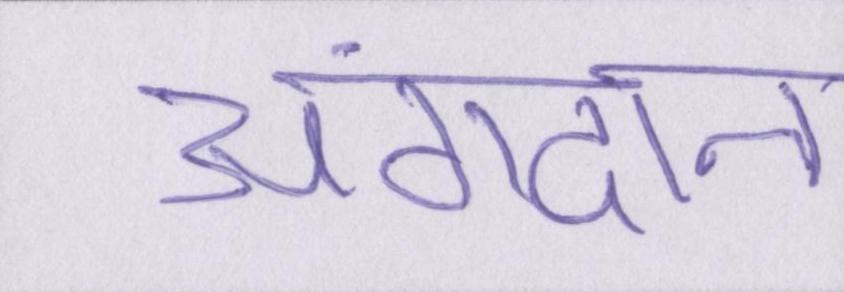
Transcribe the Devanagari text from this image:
अंगदान